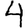
Digit: 4